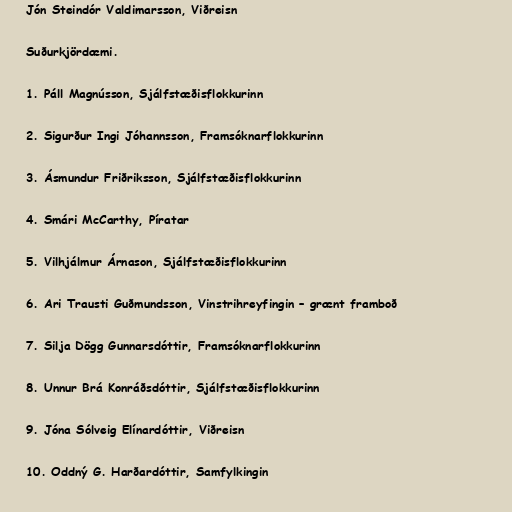
Jón Steindór Valdimarsson, Viðreisn

Suðurkjördæmi.

1. Páll Magnússon, Sjálfstæðisflokkurinn

2. Sigurður Ingi Jóhannsson, Framsóknarflokkurinn

3. Ásmundur Friðriksson, Sjálfstæðisflokkurinn

4. Smári McCarthy, Píratar

5. Vilhjálmur Árnason, Sjálfstæðisflokkurinn

6. Ari Trausti Guðmundsson, Vinstrihreyfingin – grænt framboð

7. Silja Dögg Gunnarsdóttir, Framsóknarflokkurinn

8. Unnur Brá Konráðsdóttir, Sjálfstæðisflokkurinn

9. Jóna Sólveig Elínardóttir, Viðreisn

10. Oddný G. Harðardóttir, Samfylkingin